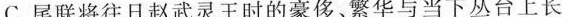
C. 尾联将往日赵武灵王时的豪侈、繁华与当下丛台上长